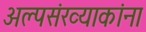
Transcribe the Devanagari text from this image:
अल्पसंख्याकांना